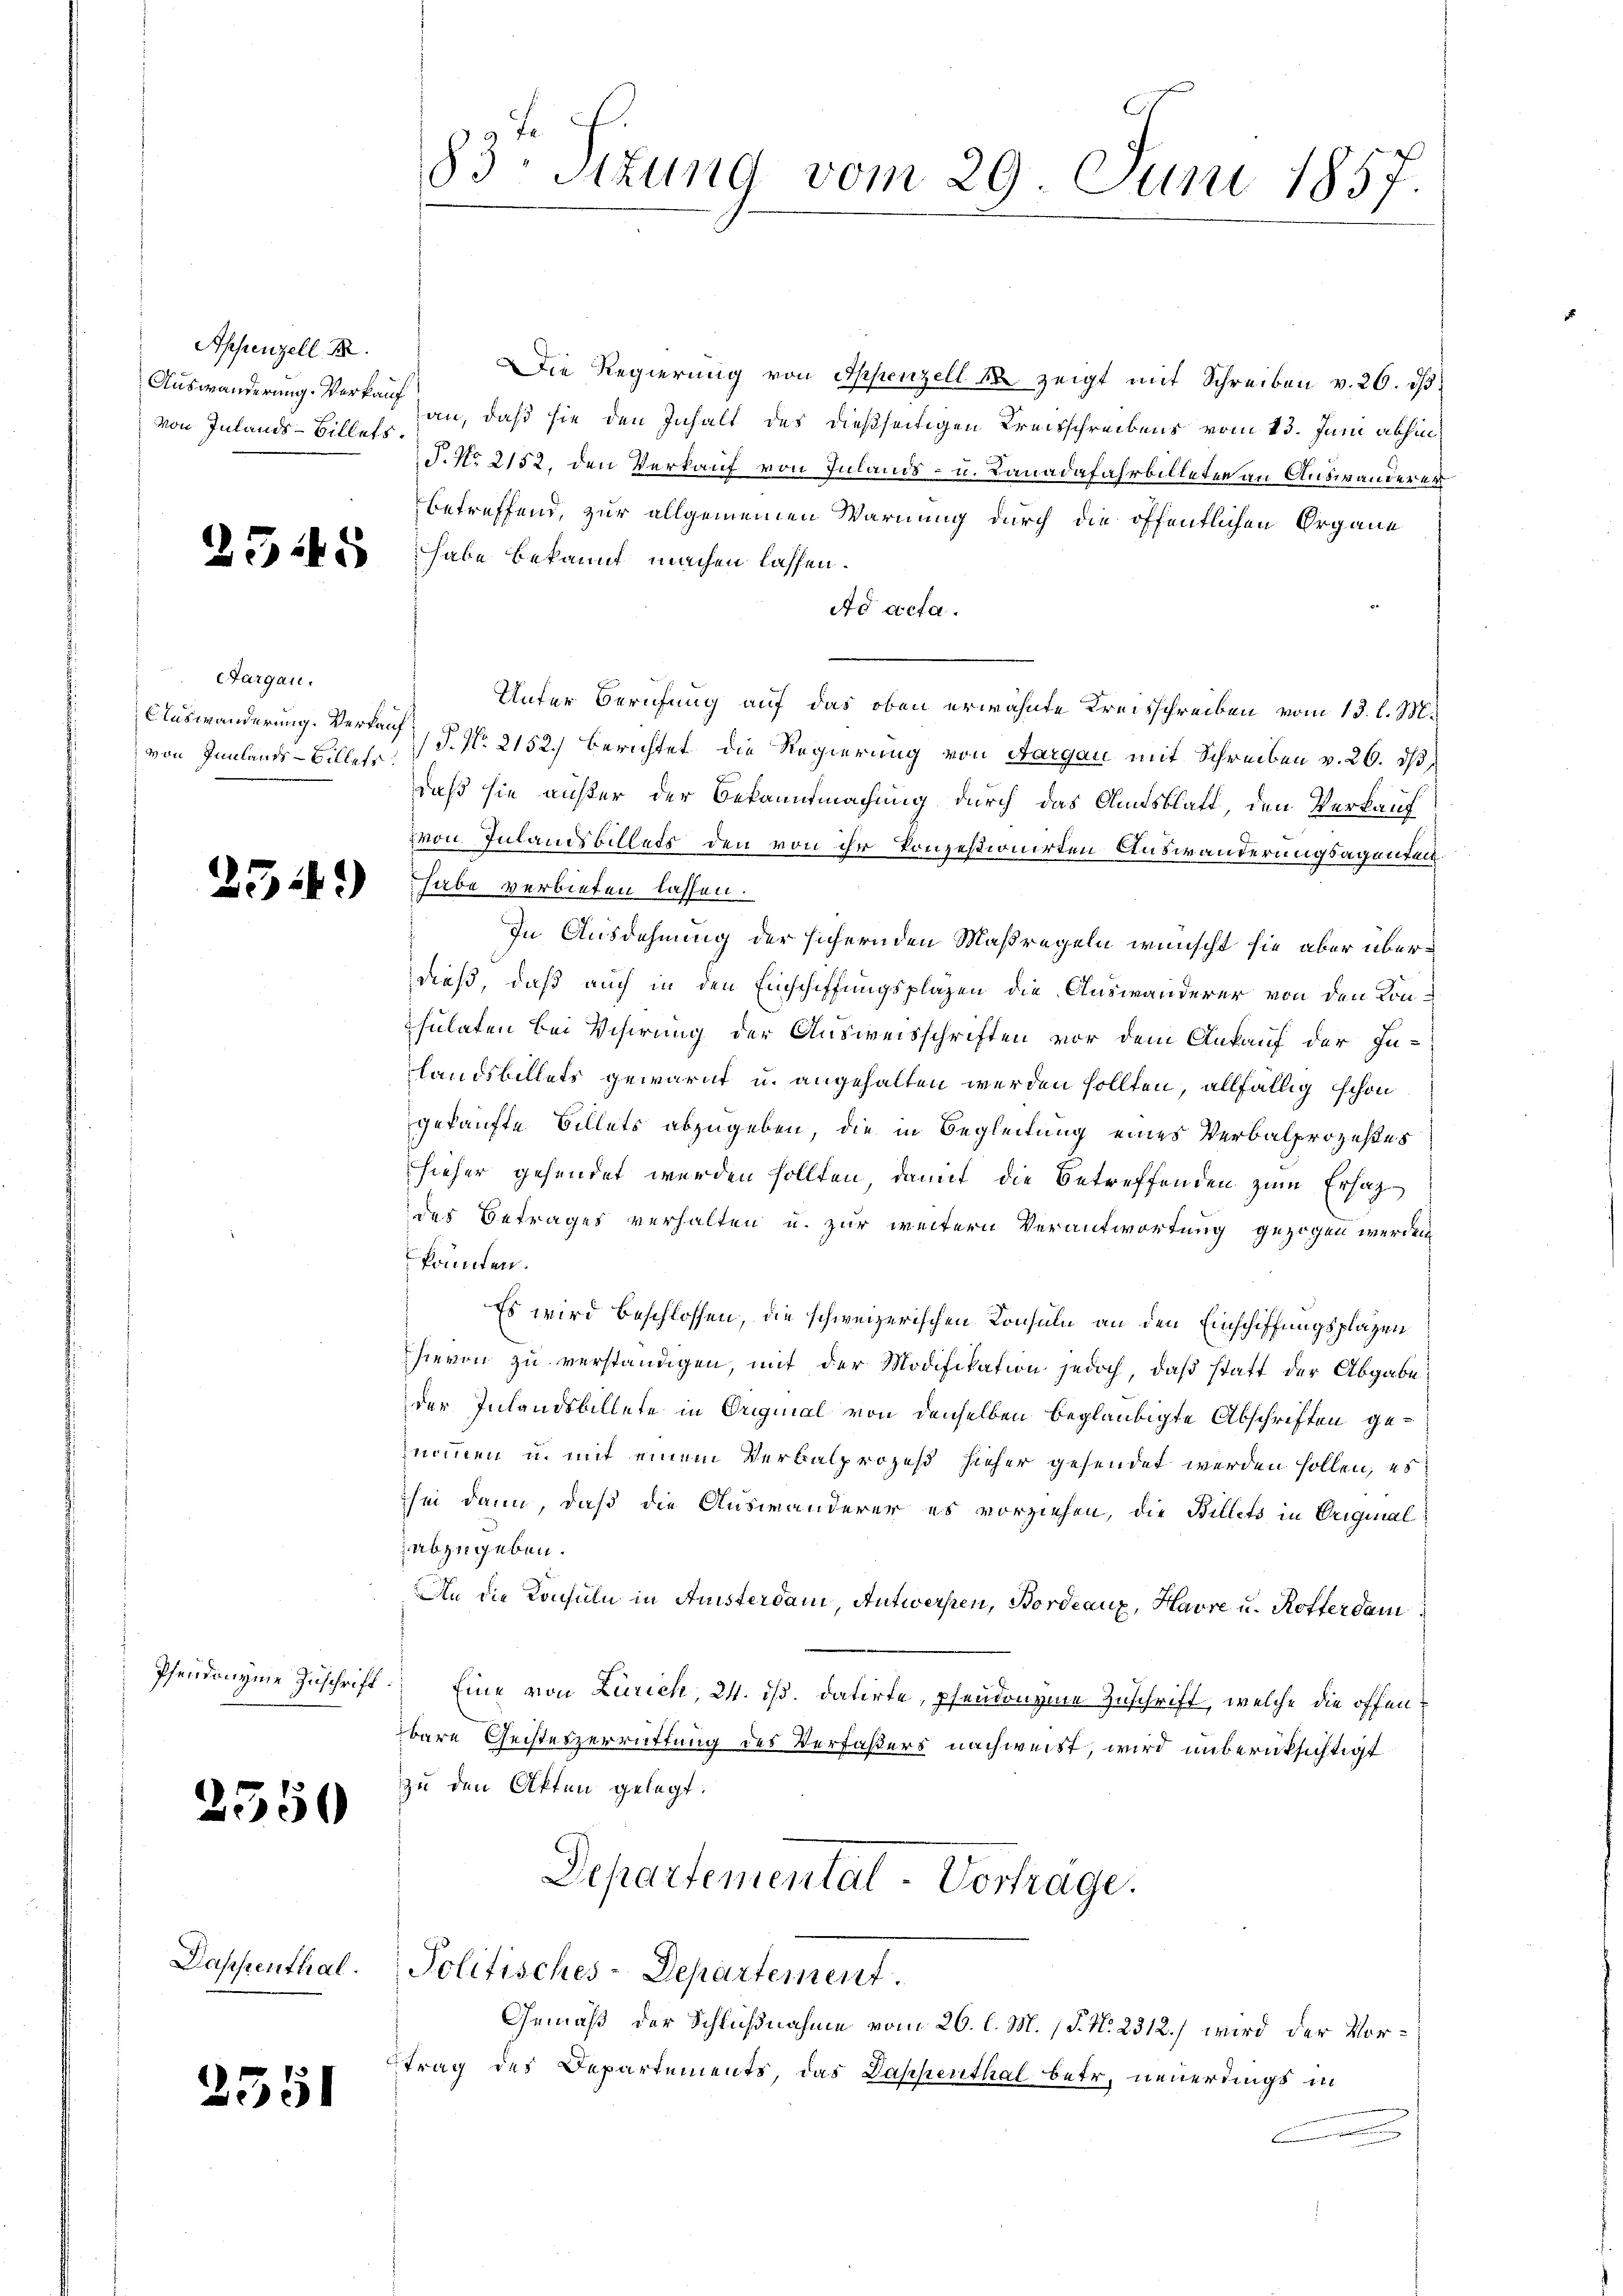
Appenzell B
von Inlands-Billets.

Targau.
von Innlands-Billets

2550

2551

Die Regierung von Appenzell u. zeigt mit Schreiben v. 26. dβ
Auswanderung. Verkauf an, daß sie den Inhalt des dießseitigen Kreisschreibens vom 13. Juni abhin¬
T. No 2152. den Verkauf von Inlands- u. Banadafahrbilleten an Auswanderer
betreffend, zur allgemeinen Warnung durch die öffentlichen Organe
ee habe bekannt machen lassen.
Ad acta.
Unter Berufung auf das oben erwähnte Kreisschreiben vom 13. l. M.
Auswanderung. Verkauf § No 2152) berichtet die Regierung von Aargau mit Schreiben v. 26. dβ,
daß sie auster der Bekanntmachung durch das Amtsblatt, den Verkauf
von Inlandsbillets den von ihr konzestionirten Auswanderungsagenten¬
252) habe verbieten lassen.
In Ausdehnung der sichernden Maßregeln wünscht sie aber überdieß, daß auch in den Einschiffungsplazen die Auswanderer von den Kon-
sulaten bei Visirung der Ausweisschriften vor dem Ankauf der In-
landsbillets gewarnt u. angehalten werden sollten, allfällig schon
gekaufte Billets abzugeben, die in Begleitung eines Verbalprozeßes
hieher gesendet werden sollten, damit die Betreffenden zum Ersatz
des Betrages verhalten u. zur weitern Verantwortung gezogen werden.
könnten.
Es wird beschlossen, die schweizerischen Konsul an den Einschiffungsplatzen
hievon zu verständigen, mit der Modifikation jedoch, daß statt der Abgabe
des Inlandsbillete in Original von denselben beglaubigte Abschriften genommen u. mit einem Verbalprozeß hieher gesendet werden sollen, es
he dann, daß die Auswanderer es vorziehen, die Billets in Original
abzugeben.
An die Konsul in Ansterdam, Antwerfen, Bordeaux, Havre u. Koffer dam
Pseudonyme Zuschrift. Eine von Zürich, 24. ds. datirte, pfendoneine Zuschrift, welche die offenbare Geisteszerrüttung des Verfaßers nachweist, wird unberücksichtigt
zu den Akten gelegt.
Departemental Vorträge.
Dappenthal. Politisches-Departement.
Gemäß der Schlußnahme vom 26. l. M. P. N. 2312) wird der Vortrag des Departements, das Dappenthal betr. neuerdings in
m
¬

83 Sttung vom 29. Juni 1857.